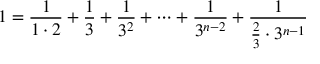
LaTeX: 1 = { \frac { 1 } { 1 \cdot 2 } } + { \frac { 1 } { 3 } } + { \frac { 1 } { 3 ^ { 2 } } } + \dots + { \frac { 1 } { 3 ^ { n - 2 } } } + { \frac { 1 } { { \frac { 2 } { 3 } } \cdot 3 ^ { n - 1 } } }